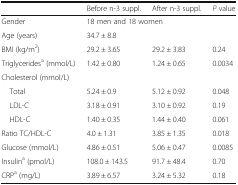
|  | Before n-3 suppl. | After n-3 suppl. | P value |
 | --- | --- | --- | --- |
 | Gender | <COLSPAN=2> 18 men and 18 women |  |
 | Age (years) | <COLSPAN=2> 34.7 ± 8.8 |  |
 | BMI (kg/m2) | 29.2 ± 3.65 | 29.2 ± 3.83 | 0.24 |
 | Triglyceridesa (mmol/L) | 1.42 ± 0.80 | 1.24 ± 0.65 | 0.0034 |
 | <COLSPAN=4> Cholesterol (mmol/L) |
 | Total | 5.24 ± 0.9 | 5.12 ± 0.92 | 0.048 |
 | LDL-C | 3.18 ± 0.91 | 3.10 ± 0.92 | 0.19 |
 | HDL-C | 1.40 ± 0.35 | 1.44 ± 0.40 | 0.061 |
 | Ratio TC/HDL-C | 4.0 ± 1.31 | 3.85 ± 1.35 | 0.018 |
 | Glucose (mmol/L) | 4.86 ± 0.51 | 5.06 ± 0.47 | 0.0085 |
 | Insulina (pmol/L) | 108.0 ± 143.5 | 91.7 ± 48.4 | 0.70 |
 | CRPa (mg/L) | 3.89 ± 6.57 | 3.24 ± 5.32 | 0.18 |